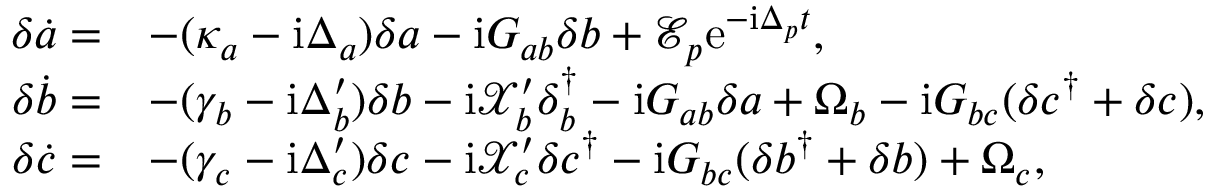
\begin{array} { r l } { \delta \dot { a } = } & { - ( \kappa _ { a } - \mathrm { i } \Delta _ { a } ) \delta a - \mathrm { i } G _ { a b } \delta b + \mathcal { E } _ { p } \mathrm { e } ^ { - \mathrm { i } \Delta _ { p } t } , } \\ { \delta \dot { b } = } & { - ( \gamma _ { b } - \mathrm { i } \Delta _ { b } ^ { \prime } ) \delta b - \mathrm { i } \mathcal { X } _ { b } ^ { \prime } \delta _ { b } ^ { \dagger } - \mathrm { i } G _ { a b } \delta a + \Omega _ { b } - \mathrm { i } G _ { b c } ( \delta c ^ { \dagger } + \delta c ) , } \\ { \delta \dot { c } = } & { - ( \gamma _ { c } - \mathrm { i } \Delta _ { c } ^ { \prime } ) \delta c - \mathrm { i } \mathcal { X } _ { c } ^ { \prime } \delta c ^ { \dagger } - \mathrm { i } G _ { b c } ( \delta b ^ { \dagger } + \delta b ) + \Omega _ { c } , } \end{array}